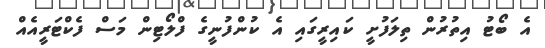
އެ ބޯޓު އިތުރުން ތިލަފުށީ ކައިރީގައި އެ ކުންފުނީގެ ފްލޯޓިން މަސް ފެކްޓަރީއެއް